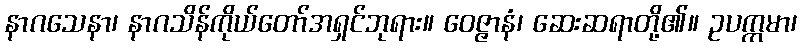
နာဂသေနာ၊ နာဂသိန်ကိုယ်တော်အရှင်ဘုရား။ ဝေဇ္ဇာနံ၊ ဆေးဆရာတို့၏။ ဥပက္ကမာ၊